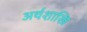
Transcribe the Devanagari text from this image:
अर्थशास्त्रि